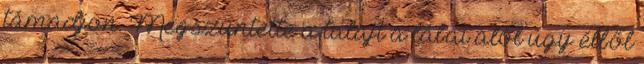
támadjon. Megszüntette a talajt a lábai alól úgy élből